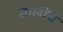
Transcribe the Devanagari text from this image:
सालींचे